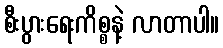
စီးပွားရေးကိစ္စနဲ့ လာတာပါ။